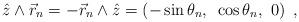
LaTeX: \begin{align*}\hat{z}\wedge \vec{r}_{n}=-\vec{r}_{n}\wedge \hat{z}=\left( -\sin \theta_{n},~\cos \theta _{n},~0\right) ~,\end{align*}